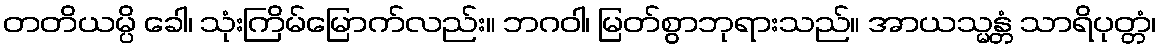
တတိယမ္ပိ ခေါ၊ သုံးကြိမ်မြောက်လည်း။ ဘဂဝါ၊ မြတ်စွာဘုရားသည်။ အာယသ္မန္တံ သာရိပုတ္တံ၊